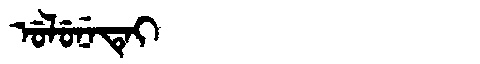
Manchu: ᡠᠯᡠᠨᡝᡨᡝᡳ
Romanization: ULUNETEI